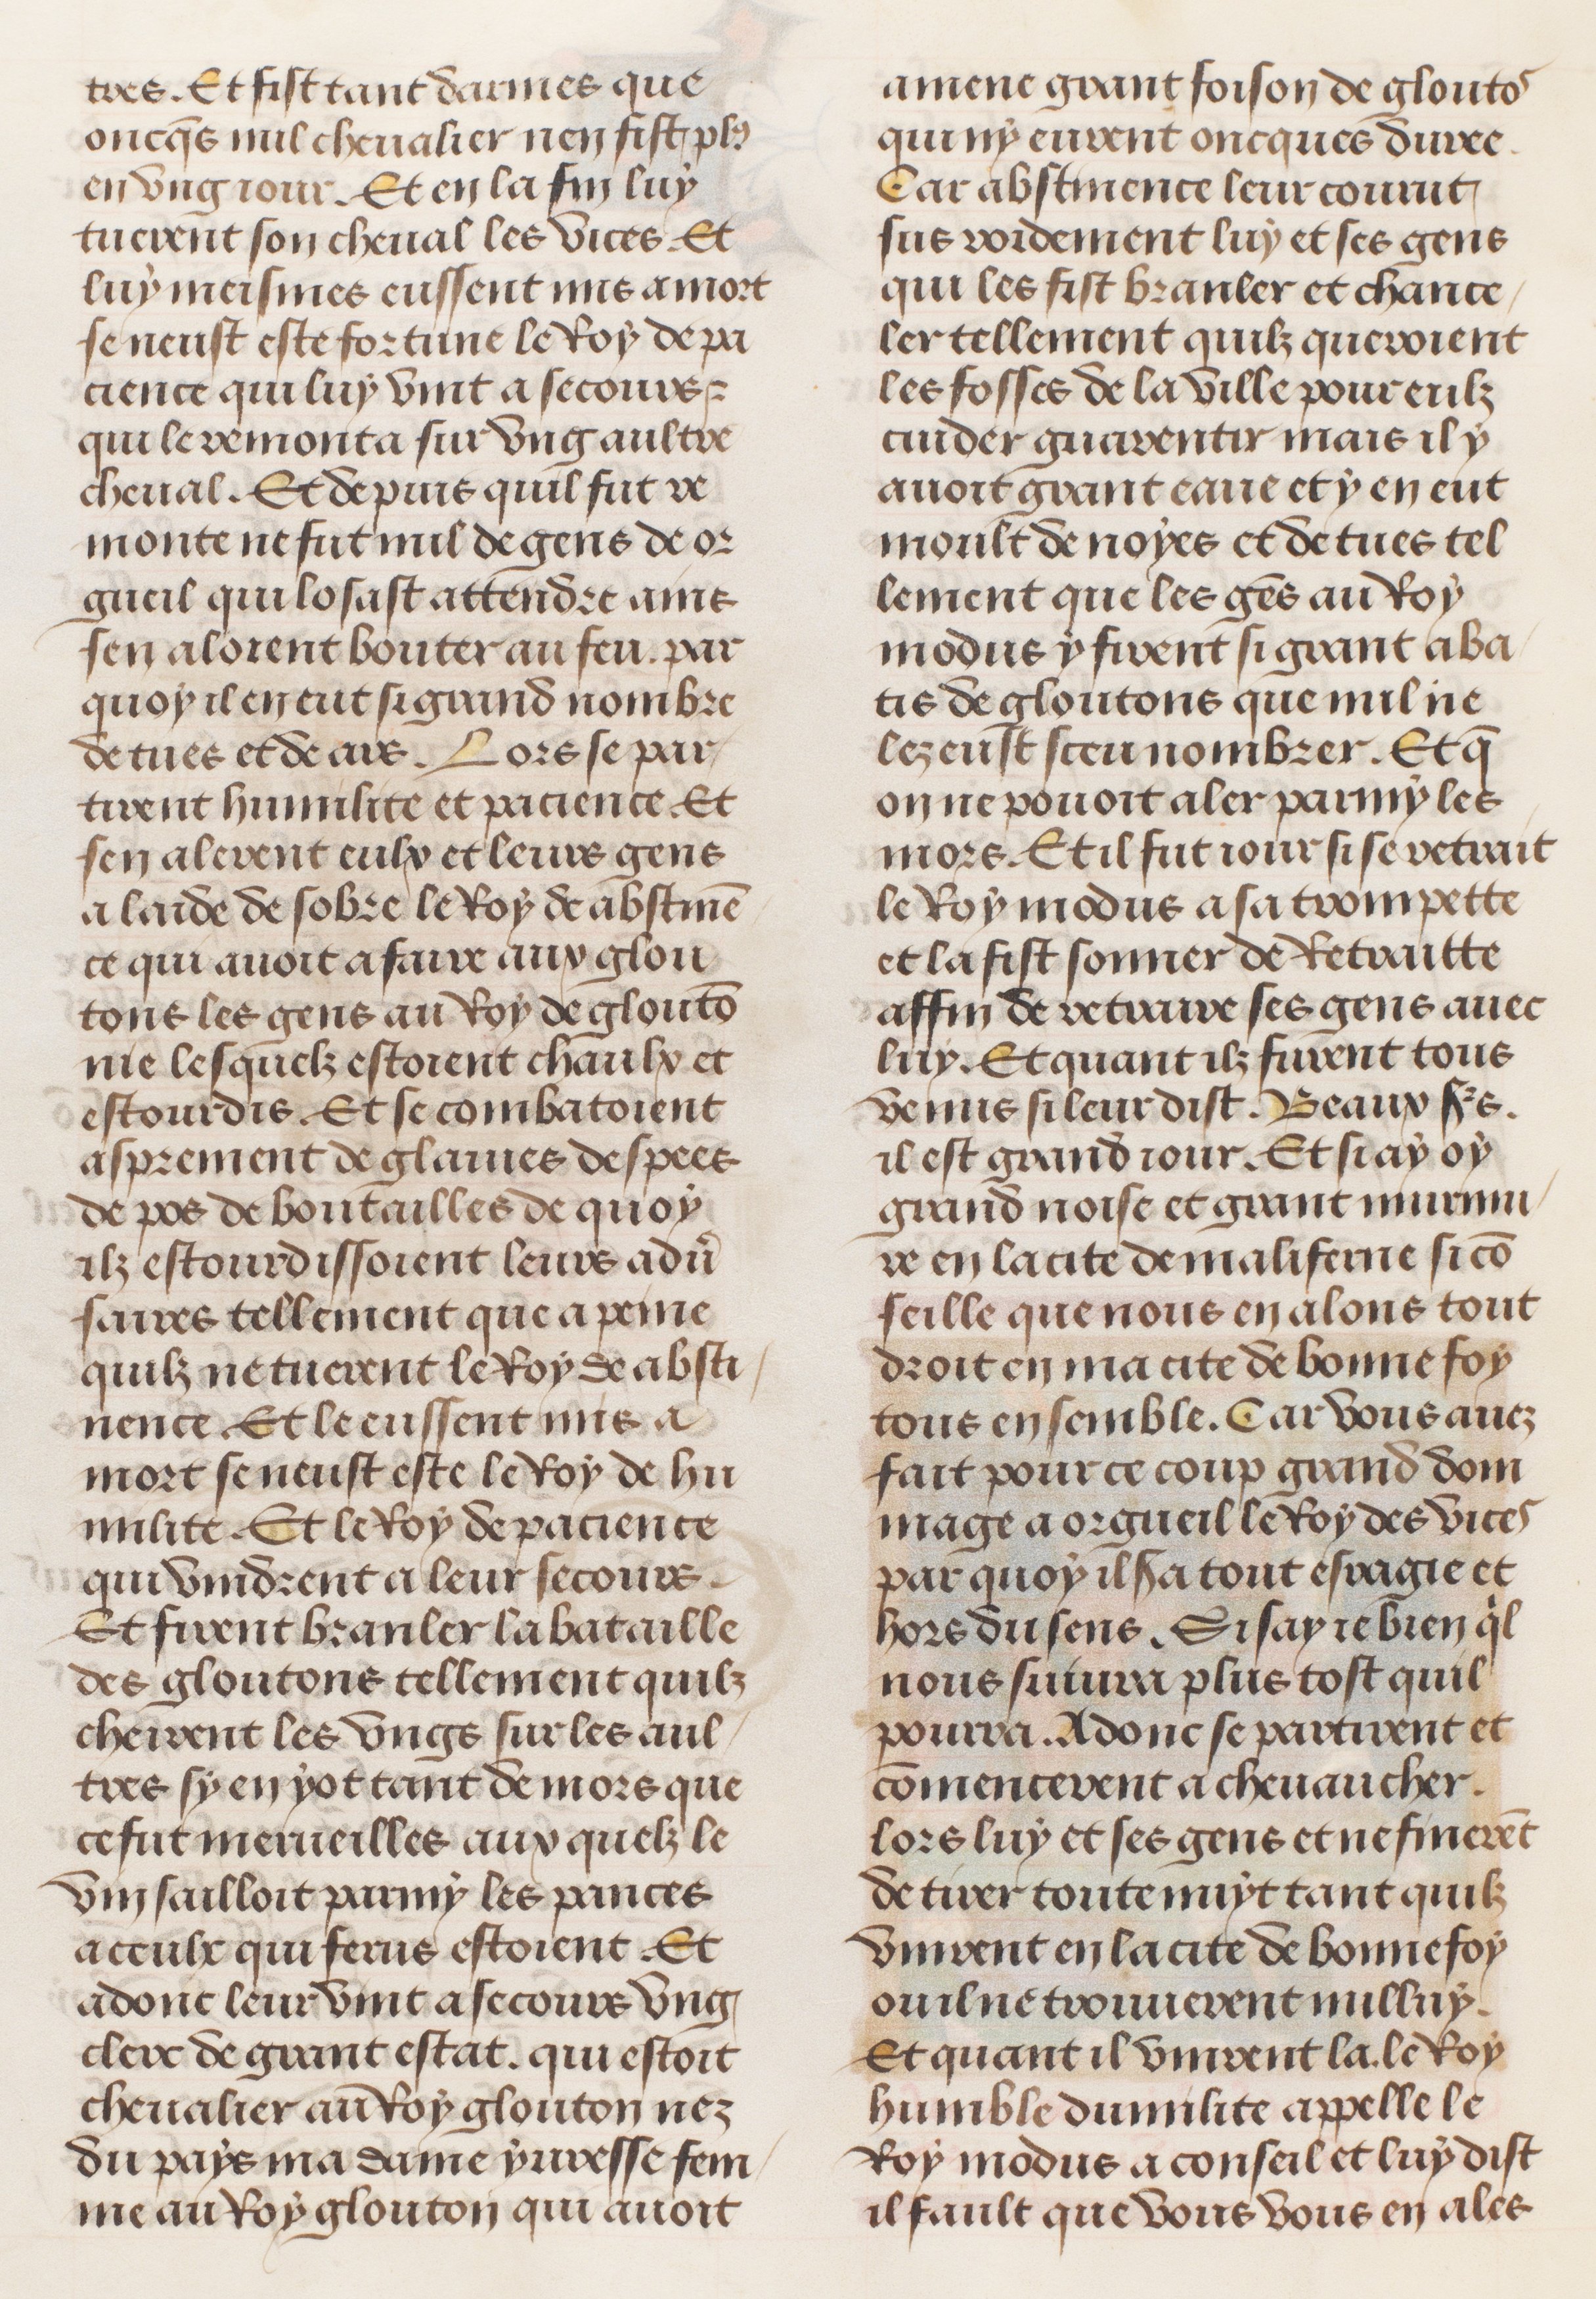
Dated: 1491–1498